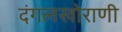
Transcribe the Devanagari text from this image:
दंगलखोराणी